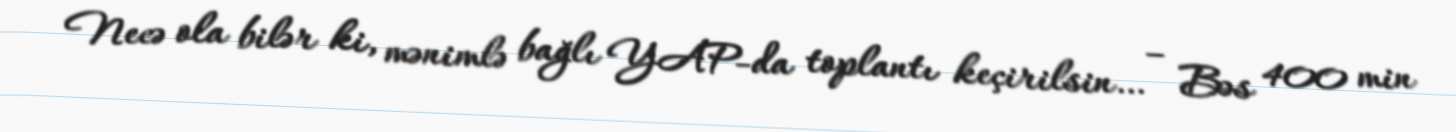
Necə ola bilər ki, mənimlə bağlı YAP-da toplantı keçirilsin… – Bəs 400 min